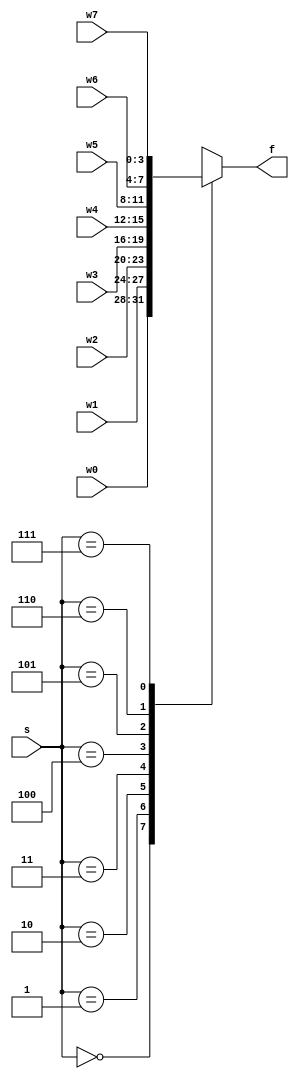
`timescale 1ns / 1ps
//////////////////////////////////////////////////////////////////////////////////
// Company: 
// Engineer: 
// 
// Design Name: 
// Module Name: nbit_8x1_mux
// Project Name: 
// Target Devices: 
// Tool Versions: 
// Description: 
// 
// Dependencies: 
// 
// Revision:
// Revision 0.01 - File Created
// Additional Comments:
// 
//////////////////////////////////////////////////////////////////////////////////


module nbit_8x1_mux
    #(parameter N = 4)(
    input [N-1:0] w0,w1,w2,w3,w4,w5,w6,w7,
    input [2:0] s,
    output reg [N-1:0] f
    );
    
    always @(w0,w1,w2,w3,w4,w5,w6,w7,s)
    begin
        case(s)
            3'b000: f = w0;
            3'b001: f = w1;
            3'b010: f = w2;
            3'b011: f = w3;
            3'b100: f = w4;
            3'b101: f = w5;
            3'b110: f = w6;
            3'b111: f = w7;
            default: f = 'bx;
        endcase
    end
endmodule